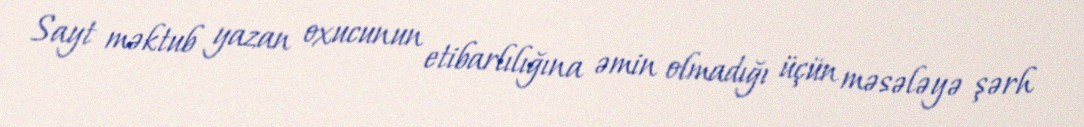
Sayt məktub yazan oxucunun etibarlılığına əmin olmadığı üçün məsələyə şərh